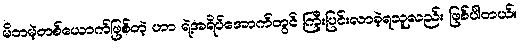
မိဘမဲ့တစ်ယောက်ဖြစ်တဲ့ ဟာ ရဲ့အရိပ်အောက်တွင် ကြီးပြင်းလာခဲ့ရသူလည်း ဖြစ်ပါတယ်။